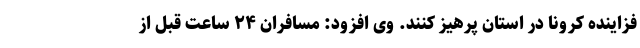
فزاینده کرونا در استان پرهیز کنند. وی افزود: مسافران ۲۴ ساعت قبل از